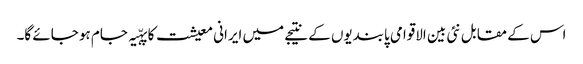
اس کے مقابل نئی بین الاقوامی پابندیوں کے نتیجے میں ایرانی معیشت کا پہّیہ جام ہو جائے گا۔